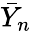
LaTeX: {\bar{Y}}_{n}